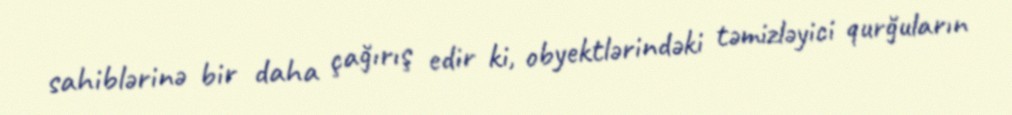
sahiblərinə bir daha çağırış edir ki, obyektlərindəki təmizləyici qurğuların